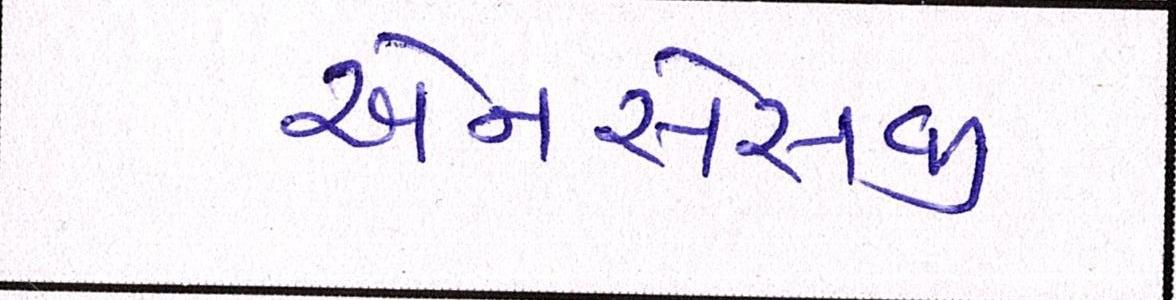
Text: એનએસજી